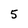
Character: 5